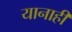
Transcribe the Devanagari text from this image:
यानाही